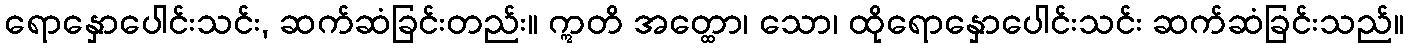
ရောနှောပေါင်းသင်း, ဆက်ဆံခြင်းတည်း။ ဣတိ အတ္ထော၊ သော၊ ထိုရောနှောပေါင်းသင်း ဆက်ဆံခြင်းသည်။